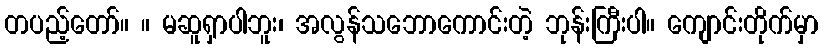
တပည့်တော်။ ။ မဆူရှာပါဘူး၊ အလွန်သဘောကောင်းတဲ့ ဘုန်းကြီးပါ။ ကျောင်းတိုက်မှာ